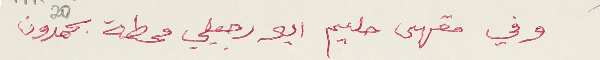
وفي مقهى حليم ابو رجيلي محطة بحمدون